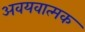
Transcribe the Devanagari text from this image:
अवयवात्मक